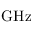
\mathrm { { G H z } }